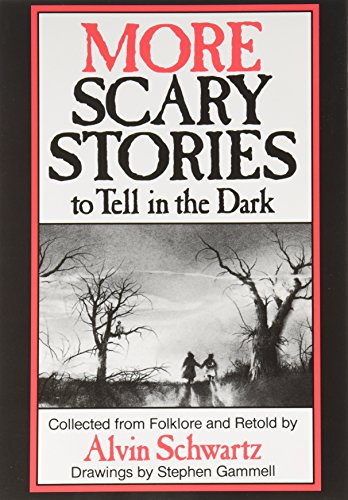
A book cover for More Scary Stories to Tell in the Dark; Alvin Schwartz; Religion & Spirituality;